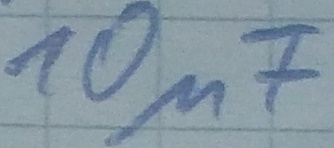
Text: 10µF